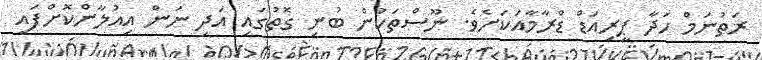
ރަތުނަމް ހަދާ ޕީރިއަޑް ޑްރާމާއަކަށެވެ. ނޫސްތަކުން ބުނި ގޮތުގައި އަދި ނަން އިއުލާންކޮށްފައި